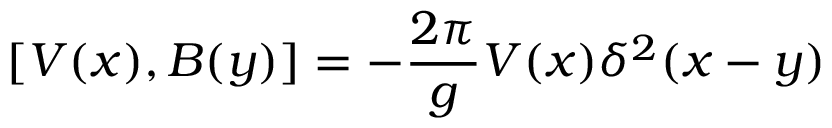
\lbrack V ( x ) , B ( y ) ] = - { \frac { 2 \pi } { g } } V ( x ) \delta ^ { 2 } ( x - y )